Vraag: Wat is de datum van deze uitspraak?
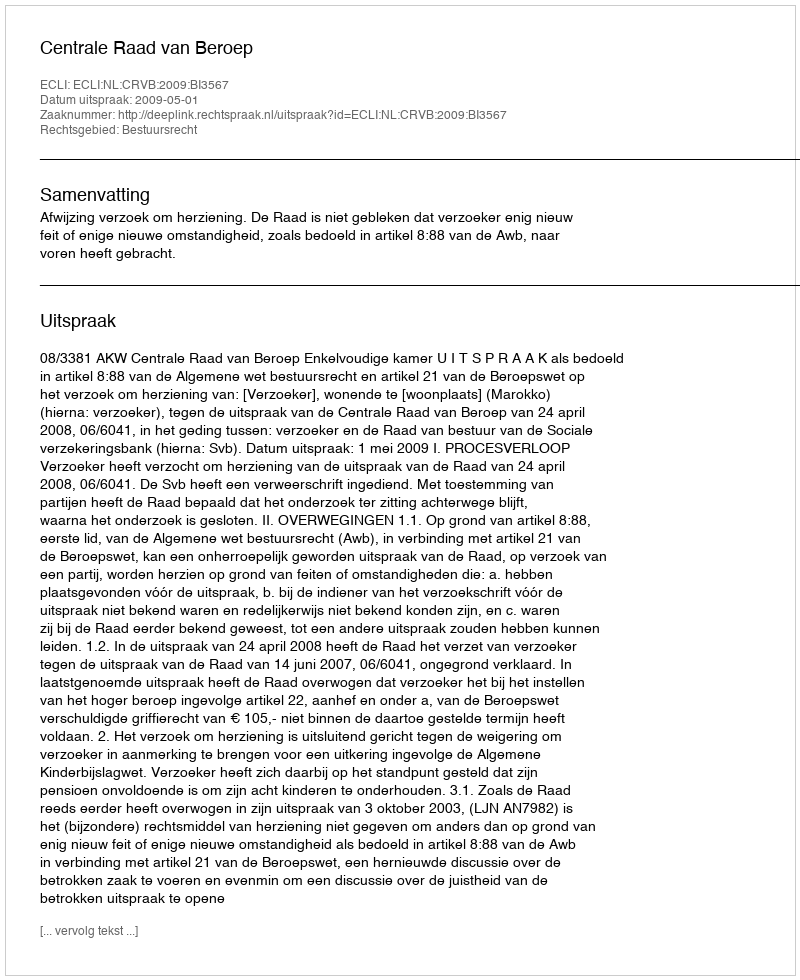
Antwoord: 2009-05-01